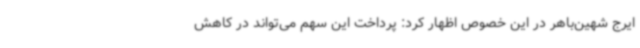
ایرج شهین‌باهر در این خصوص اظهار کرد: پرداخت این سهم می‌تواند در کاهش